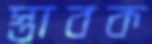
স্তাবক